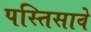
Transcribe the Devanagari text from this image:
पस्तिसावे